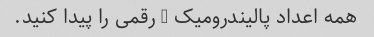
همه اعداد پالیندرومیک 3 رقمی را پیدا کنید.